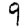
Digit: 9